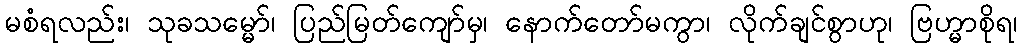
မစံရလည်း၊ သုခသမ္မော်၊ ပြည်မြတ်ကျော်မှ၊ နောက်တော်မကွာ၊ လိုက်ချင်စွာဟု၊ ဗြဟ္မာစိုရ၊